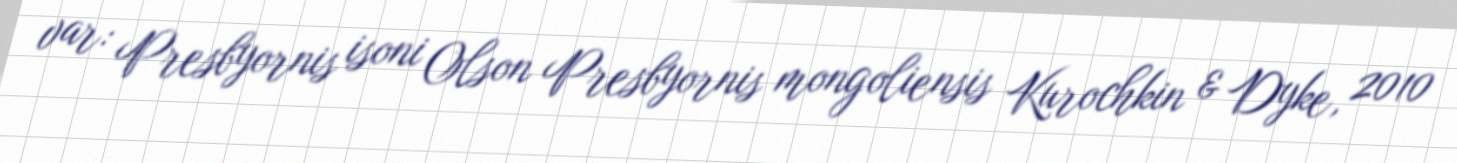
var: Presbyornis isoni Olson Presbyornis mongoliensis Kurochkin & Dyke, 2010